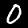
Label: 0